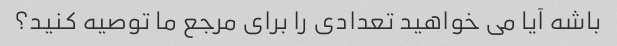
باشه آیا می خواهید تعدادی را برای مرجع ما توصیه کنید؟